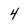
Character: 4